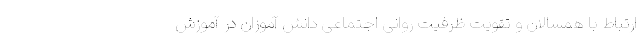
ارتباط با همسالان و تقویت ظرفیت روانی اجتماعی دانش آموزان در آموزش